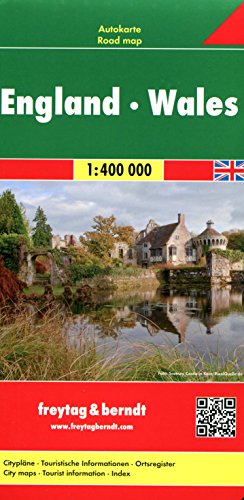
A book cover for England/Wales (Road Maps); Freytag-Berndt und Artaria; Travel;